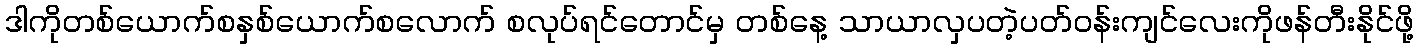
ဒါကိုတစ်ယောက်စနှစ်ယောက်စလောက် စလုပ်ရင်တောင်မှ တစ်နေ့ သာယာလှပတဲ့ပတ်ဝန်းကျင်လေးကိုဖန်တီးနိုင်ဖို့